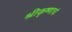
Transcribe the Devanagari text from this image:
श्रीकृष्णाचं